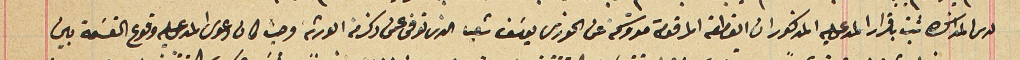
لدى المذاكره ثبت باقرار المدعى عليه المذكور ان القطعة المرقومة متروكة عن الخورى يوسَف شعيا الذى توفى عمن ذكر من الورثة وحيث كان دعوى المدعى عليه وقوع القسَمة بين